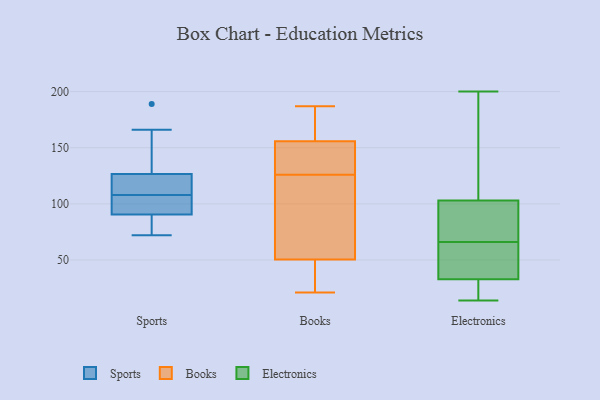
{"axis": {"x": "Revenue (USD Million)", "y": "Value"}, "legend": ["Books", "Electronics", "Sports"], "data": [{"x": "", "y": 95, "type": "Sports"}, {"x": "", "y": 166, "type": "Sports"}, {"x": "", "y": 106, "type": "Sports"}, {"x": "", "y": 125, "type": "Sports"}, {"x": "", "y": 72, "type": "Sports"}, {"x": "", "y": 189, "type": "Sports"}, {"x": "", "y": 89, "type": "Sports"}, {"x": "", "y": 127, "type": "Sports"}, {"x": "", "y": 108, "type": "Sports"}, {"x": "", "y": 85, "type": "Sports"}, {"x": "", "y": 112, "type": "Sports"}, {"x": "", "y": 51, "type": "Books"}, {"x": "", "y": 187, "type": "Books"}, {"x": "", "y": 141, "type": "Books"}, {"x": "", "y": 21, "type": "Books"}, {"x": "", "y": 161, "type": "Books"}, {"x": "", "y": 168, "type": "Books"}, {"x": "", "y": 126, "type": "Books"}, {"x": "", "y": 170, "type": "Books"}, {"x": "", "y": 86, "type": "Books"}, {"x": "", "y": 39, "type": "Books"}, {"x": "", "y": 146, "type": "Books"}, {"x": "", "y": 49, "type": "Books"}, {"x": "", "y": 140, "type": "Books"}, {"x": "", "y": 61, "type": "Books"}, {"x": "", "y": 27, "type": "Books"}, {"x": "", "y": 154, "type": "Books"}, {"x": "", "y": 75, "type": "Books"}, {"x": "", "y": 66, "type": "Electronics"}, {"x": "", "y": 17, "type": "Electronics"}, {"x": "", "y": 52, "type": "Electronics"}, {"x": "", "y": 33, "type": "Electronics"}, {"x": "", "y": 125, "type": "Electronics"}, {"x": "", "y": 80, "type": "Electronics"}, {"x": "", "y": 14, "type": "Electronics"}, {"x": "", "y": 200, "type": "Electronics"}, {"x": "", "y": 32, "type": "Electronics"}, {"x": "", "y": 124, "type": "Electronics"}, {"x": "", "y": 82, "type": "Electronics"}, {"x": "", "y": 63, "type": "Electronics"}, {"x": "", "y": 96, "type": "Electronics"}]}